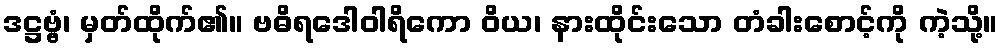
ဒဋ္ဌဗ္ဗံ၊ မှတ်ထိုက်၏။ ဗဓိရဒေါဝါရိကော ဝိယ၊ နားထိုင်းသော တံခါးစောင့်ကို ကဲ့သို့။